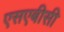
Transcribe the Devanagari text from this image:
एसएबीसी